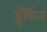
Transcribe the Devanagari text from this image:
ड्वॅर्किन